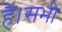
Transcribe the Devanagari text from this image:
हैं।सभी